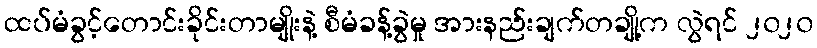
ထပ်မံခွင့်တောင်းခိုင်းတာမျိုးနဲ့ စီမံခန့်ခွဲမှု အားနည်းချက်တချို့က လွဲရင် ၂၀၂၀